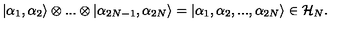
\left| \alpha _ { 1 } , \alpha _ { 2 } \right\rangle \otimes . . . \otimes \left| \alpha _ { 2 N - 1 } , \alpha _ { 2 N } \right\rangle = \left| \alpha _ { 1 } , \alpha _ { 2 } , . . . , \alpha _ { 2 N } \right\rangle \in { \cal H } _ { N } .